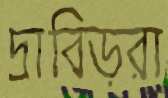
দ্রাবিড়রা